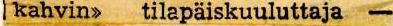
kahvin> tilapäiskuuluttaja -